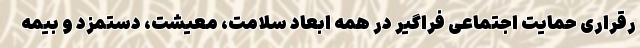
رقراری حمایت اجتماعی فراگیر در همه ابعاد سلامت، معیشت، دستمزد و بیمه